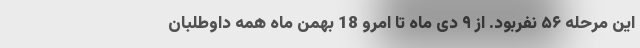
این مرحله ۵۶ نفربود. از ۹ دی ماه تا امرو 18 بهمن ماه همه داوطلبان